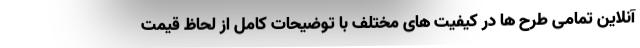
آنلاین تمامی طرح ها در کیفیت های مختلف با توضیحات کامل از لحاظ قیمت